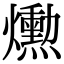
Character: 𤑕